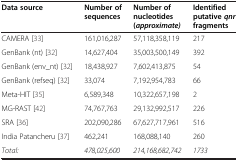
<table><thead><tr><td><b>Data source</b></td><td><b>Number of sequences</b></td><td><b>Number of nucleotides <i>(approximate)</i></b></td><td><b>Identified putative <i>qnr </i>fragments</b></td></tr></thead><tbody><tr><td>CAMERA [33]</td><td>161,016,287</td><td>57,118,358,119</td><td>217</td></tr><tr><td>GenBank (nt) [32]</td><td>14,627,404</td><td>35,003,500,149</td><td>392</td></tr><tr><td>GenBank (env_nt) [32]</td><td>18,438,927</td><td>7,602,413,875</td><td>54</td></tr><tr><td>GenBank (refseq) [32]</td><td>33,074</td><td>7,192,954,783</td><td>66</td></tr><tr><td>Meta-HIT [35]</td><td>6,589,348</td><td>10,322,657,198</td><td>2</td></tr><tr><td>MG-RAST [42]</td><td>74,767,763</td><td>29,132,992,517</td><td>226</td></tr><tr><td>SRA [36]</td><td>202,090,286</td><td>67,627,717,961</td><td>516</td></tr><tr><td>India Patancheru [37]</td><td>462,241</td><td>168,088,140</td><td>260</td></tr><tr><td><i>Total:</i></td><td><i>478,025,600</i></td><td><i>214,168,682,742</i></td><td><i>1733</i></td></tr></tbody></table>